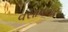
વસાવનાર